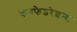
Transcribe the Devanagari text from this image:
कनफेडरेशन्स